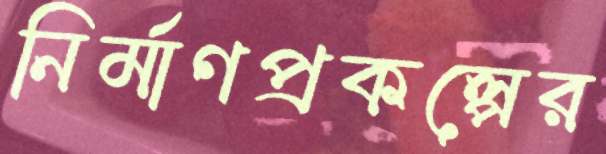
নির্মাণপ্রকল্পের